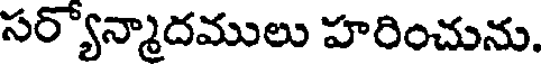
సర్యోన్మాదములు హరించును.